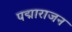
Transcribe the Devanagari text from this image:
पद्माराजन